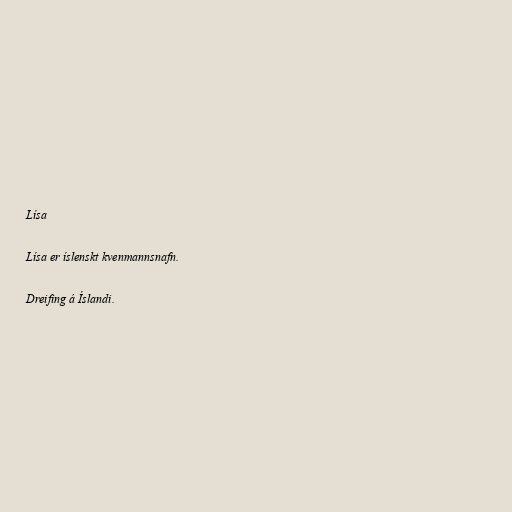
Lísa

Lísa er íslenskt kvenmannsnafn.

Dreifing á Íslandi.